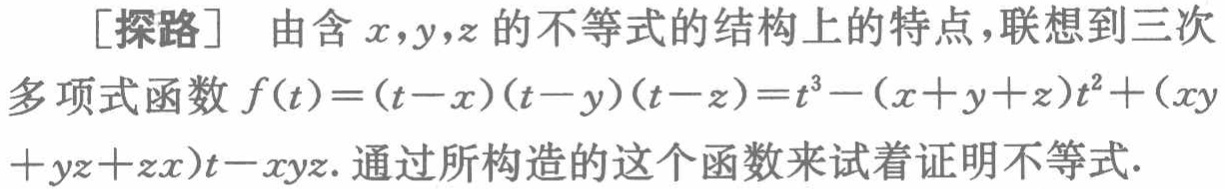
[探路] 由含\(x,y,z\)的不等式的结构上的特点，联想到三次
多项式函数\(f(t)=(t - x)(t - y)(t - z)=t^{3}-(x + y + z)t^{2}+(xy\)
\(+yz + zx)t-xyz\). 通过所构造的这个函数来试着证明不等式.